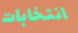
انتخابات